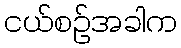
ငယ်စဉ်အခါက